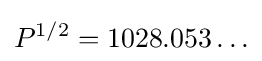
P^{1/2}=1028.053\ldots